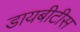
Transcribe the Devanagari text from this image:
डायबीटीस